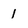
Character: 1